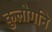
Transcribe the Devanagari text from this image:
कुलोगनि